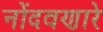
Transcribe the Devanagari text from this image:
नोंदवणारे